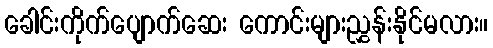
ခေါင်းကိုက်ပျောက်ဆေး ကောင်းများညွှန်းနိုင်မလား။